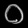
Digit: ၀